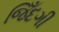
જિઁદગી